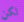
لكن